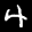
Label: 4